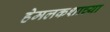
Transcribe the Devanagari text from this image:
हेमलकशाच्या